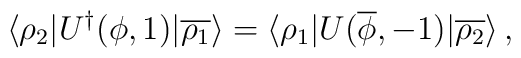
\langle\rho_2|U^\dagger(\phi,1)|\overline{\rho_1}\rangle=\langle\rho_1|U(\overline\phi,-1)|\overline{\rho_2}\rangle\,,